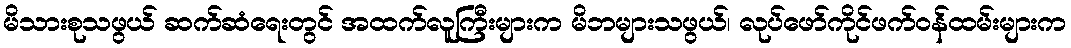
မိသားစုသဖွယ် ဆက်ဆံရေးတွင် အထက်လူကြီးများက မိဘများသဖွယ်၊ လုပ်ဖော်ကိုင်ဖက်ဝန်ထမ်းများက